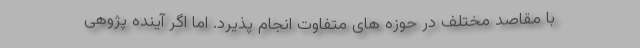
با مقاصد مختلف در حوزه های متفاوت انجام پذیرد. اما اگر آینده پژوهی